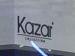
kazar